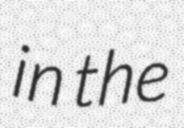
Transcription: in the